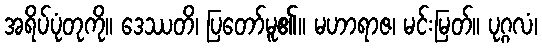
အရိပ်ပုံတုကို။ ဒေဿတိ၊ ပြတော်မူ၏။ မဟာရာဇ၊ မင်းမြတ်။ ပုဂ္ဂလံ၊